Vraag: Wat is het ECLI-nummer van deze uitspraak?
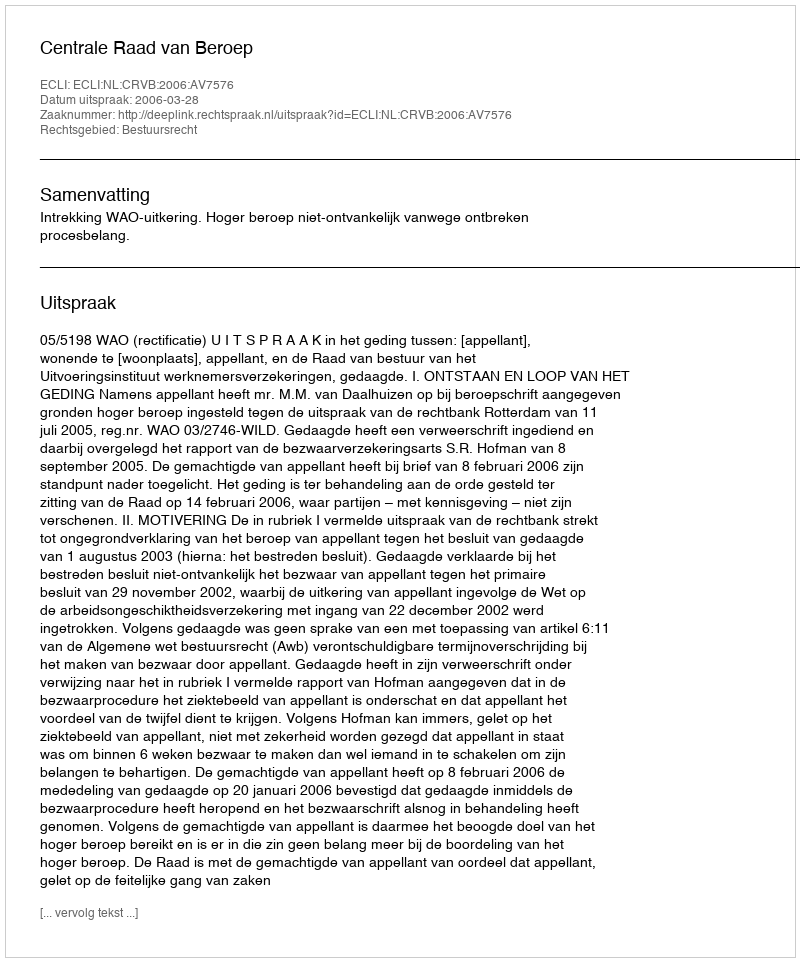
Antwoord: ECLI:NL:CRVB:2006:AV7576